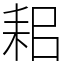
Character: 耜